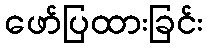
ဖော်ပြထားခြင်း